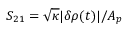
S _ { 2 1 } = \sqrt { \kappa } | \delta \rho ( t ) | / A _ { p }